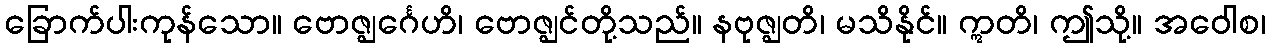
ခြောက်ပါးကုန်သော။ ဗောဇ္ဈင်္ဂေဟိ၊ ဗောဇ္ဈင်တို့သည်။ နဗုဇ္ဈတိ၊ မသိနိုင်။ ဣတိ၊ ဤသို့။ အဝေါစ၊